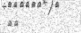
٥١